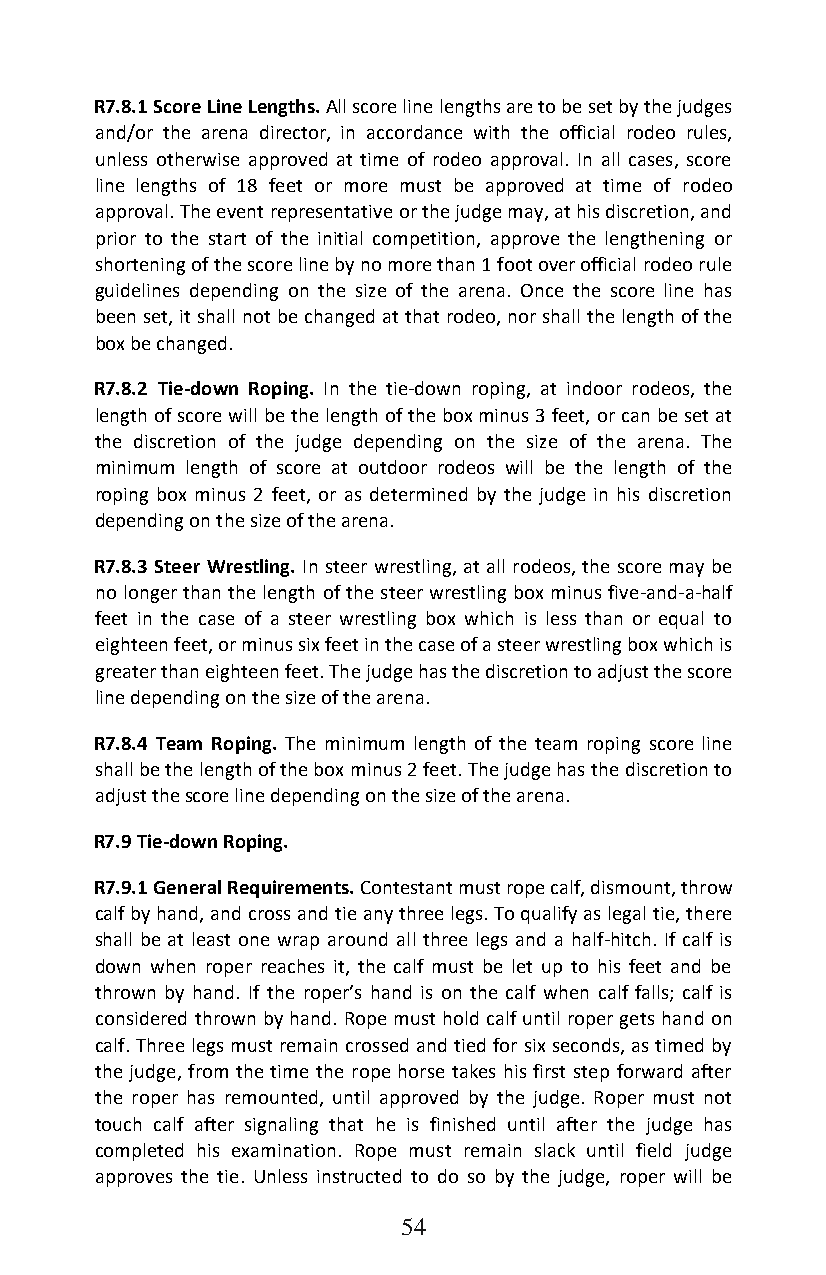
R7.8.1 Score Line Lengths. All score line lengths are to be set by the judges
 and/or the arena director, in accordance with the official rodeo rules,
 unless otherwise approved at time of rodeo approval. In all cases, score
 line lengths of 18 feet or more must be approved at time of rodeo
 approval. The event representative or the judge may, at his discretion, and
 prior to the start of the initial competition, approve the lengthening or
 shortening of the score line by no more than 1 foot over official rodeo rule
 guidelines depending on the size of the arena. Once the score line has
 been set, it shall not be changed at that rodeo, nor shall the length of the
 box be changed.
 R7.8.2 Tie-down Roping. In the tie-down roping, at indoor rodeos, the
 length of score will be the length of the box minus 3 feet, or can be set at
 the discretion of the judge depending on the size of the arena. The
 minimum length of score at outdoor rodeos will be the length of the
 roping box minus 2 feet, or as determined by the judge in his discretion
 depending on the size of the arena.
 R7.8.3 Steer Wrestling. In steer wrestling, at all rodeos, the score may be
 no longer than the length of the steer wrestling box minus five-and-a-half
 feet in the case of a steer wrestling box which is less than or equal to
 eighteen feet, or minus six feet in the case of a steer wrestling box which is
 greater than eighteen feet. The judge has the discretion to adjust the score
 line depending on the size of the arena.
 R7.8.4 Team Roping. The minimum length of the team roping score line
 shall be the length of the box minus 2 feet. The judge has the discretion to
 adjust the score line depending on the size of the arena.
 R7.9 Tie-down Roping.
 R7.9.1 General Requirements. Contestant must rope calf, dismount, throw
 calf by hand, and cross and tie any three legs. To qualify as legal tie, there
 shall be at least one wrap around all three legs and a half-hitch. If calf is
 down when roper reaches it, the calf must be let up to his feet and be
 thrown by hand. If the roper’s hand is on the calf when calf falls; calf is
 considered thrown by hand. Rope must hold calf until roper gets hand on
 calf. Three legs must remain crossed and tied for six seconds, as timed by
 the judge, from the time the rope horse takes his first step forward after
 the roper has remounted, until approved by the judge. Roper must not
 touch calf after signaling that he is finished until after the judge has
 completed his examination. Rope must remain slack until field judge
 approves the tie. Unless instructed to do so by the judge, roper will be
 54